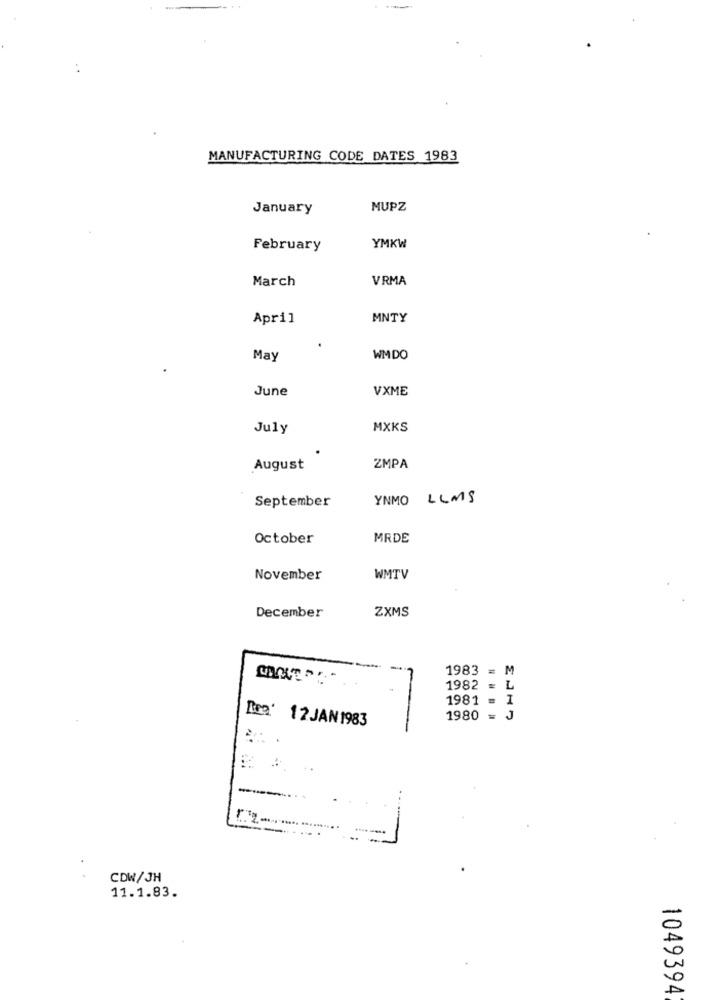
MANUFACTURING CODE DATES 1983
January
MUPZ
YMKW
February
March
VRMA
April
MNTY
May
WMDO
June
VXME
July
MXKS
August
ZMPA
September
YNMO LLMS
October
MRDE
November
WMTV
December
ZXMS
1983 =
M
1982 = L
1981 = 1
Rca' 12JAN1983
1980
J
CDW/JH
11.1.83.
0
0
1049394